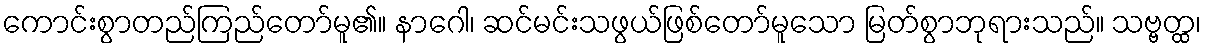
ကောင်းစွာတည်ကြည်တော်မူ၏။ နာဂေါ၊ ဆင်မင်းသဖွယ်ဖြစ်တော်မူသော မြတ်စွာဘုရားသည်။ သဗ္ဗတ္ထ၊